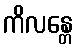
ကိလန္တေ